Report on vaccination in Madras 1877-1894 - 1877-1894
Year: 1877
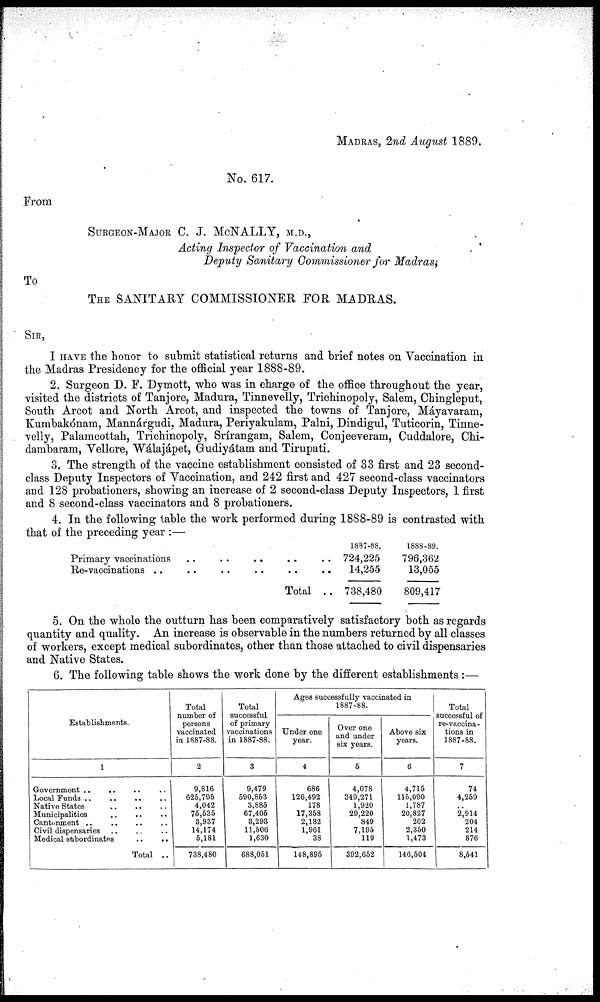
MADRAS, 2nd August 1889.
No. 617.
From
SURGEON-MAJOR C. J. MCNALLY, M.D.,
Acting Inspector of Vaccination and
Deputy Sanitary Commissioner for Madras,
To
THE SANITARY COMMISSIONER FOR MADRAS.
SIR,
I HAVE the honor to submit statistical returns and brief notes on Vaccination in
the Madras Presidency for the official year 1888-89.
2. Surgeon D. F. Dymott, who was in charge of the office throughout the year,
visited the districts of Tanjore, Madura, Tinnevelly, Trichinopoly, Salem, Chingleput,
South Arcot and North Arcot, and inspected the towns of Tanjore, Máyavaram,
Kumbakónam, Mannárgudi, Madura, Periyakulam, Palni, Dindigul, Tuticorin, Tinne-
velly, Palamcottah, Trichinopoly, Srírangam, Salem, Conjeeveram, Cuddalore, Chi-
dambaram, Vellore, Wálajápet, Gudiyátam and Tirupati.
3. The strength of the vaccine establishment consisted of 33 first and 23 second-
class Deputy Inspectors of Vaccination, and 242 first and 427 second-class vaccinators
and 128 probationers, showing an increase of 2 second-class Deputy Inspectors, 1 first
and 8 second-class vaccinators and 8 probationers.
4. In the following table the work performed during 1888-89 is contrasted with
that of the preceding year :—
Primary vaccinations .. .. .. .. ..
Re-vaccinations
..
..
..
..
..
..
Total ..
1887-88.
724,225
14,255
738,480
1888-89.
796,362
13,055
809,417
5. On the whole the outturn has been comparatively satisfactory both as regards
quantity and quality. An increase is observable in the numbers returned by all classes
of workers, except medical subordinates, other than those attached to civil dispensaries
and Native States.
6. The following table shows the work done by the different establishments :—
Establishments.
1
Government .. .. .. ..
Local Funds .. .. ....
Native States .. .. ..
Municipalities .. .. ..
Cantonment .. .. .. ..
Civil dispensaries .. .. ..
Medical subordinates
..
..
Total ..
Total
number of
persons
vaccinated
in 1887-88.
2
9,816
625,795
4,042
75,535
3,937
14,174
5,181
738,480
Total
successful
of primary
vaccinations
in 1887-88.
3
9,479
590,853
3,885
67,406
3,293
11,506
1,630
688,051
Ages successfully vaccinated in
1887-88.
Under one
year.
4
686
126,492
178
17,358
2,182
1,961
38
148,895
Over one
and under
six years.
5
4,078
349,271
1,920
29,220
849
7,195
119
392,652
Above six
years.
6
4,715
115,090
1,787
20,827
262
2,350
1,473
146,504
Total
successful of
re-vaccina-
tions in
1887-88.
7
74
4,259
..
2,914
204
214
876
8,541